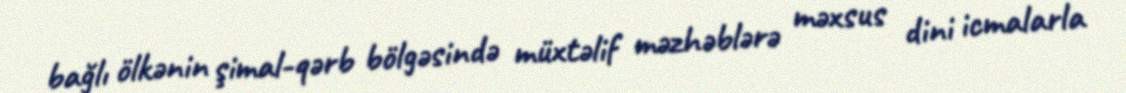
bağlı ölkənin şimal-qərb bölgəsində müxtəlif məzhəblərə məxsus dini icmalarla